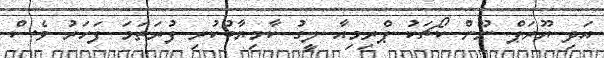
އަދި ޔޫރަޕް ނޫން ކޯޗަކު ޕްރިމިއާ ލީގު ކާމިޔާބުކުރި ފުރަތަމަ ފަހަރު ވެސް